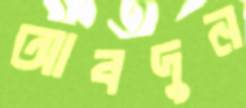
আবদুন